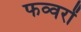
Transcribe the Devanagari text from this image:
फव्‍वरों